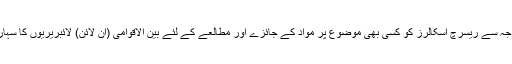
اس کمی کی وجہ سے ریسرچ اسکالرز کو کسی بھی موضوع پر مواد کے جائزے اور مطالعے کے لئے بین الاقوامی (آن لائن) لائبریریوں کا سہارا لینا پڑتا ہے۔